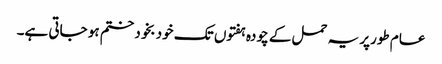
عام طورپر یہ حمل کے چودہ ہفتوں تک خود بخود ختم ہو جاتی ہے۔